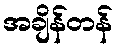
အချိန်တန်